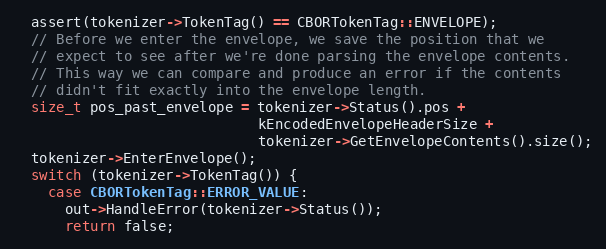
Language: C++
  assert(tokenizer->TokenTag() == CBORTokenTag::ENVELOPE);
  // Before we enter the envelope, we save the position that we
  // expect to see after we're done parsing the envelope contents.
  // This way we can compare and produce an error if the contents
  // didn't fit exactly into the envelope length.
  size_t pos_past_envelope = tokenizer->Status().pos +
                             kEncodedEnvelopeHeaderSize +
                             tokenizer->GetEnvelopeContents().size();
  tokenizer->EnterEnvelope();
  switch (tokenizer->TokenTag()) {
    case CBORTokenTag::ERROR_VALUE:
      out->HandleError(tokenizer->Status());
      return false;